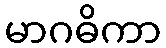
မာဂဓိကာ